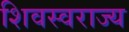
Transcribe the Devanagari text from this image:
शिवस्वराज्य